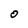
Character: 0